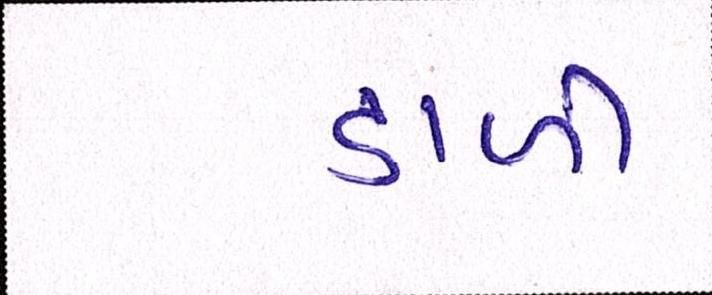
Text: ડાળી